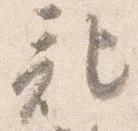
記